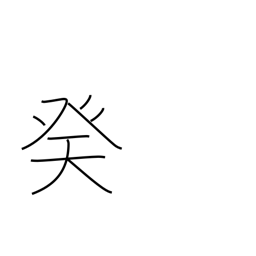
Meaning: 10th calendar sign